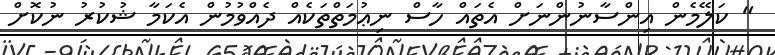
" ކަލޭމެން އިންސާނުންނަށް އެތައް ހާސް ނިޢުމަތްތަކެއް ދެއްވުމުން އެކަމާ ޝުކުރު ނުކޮށް